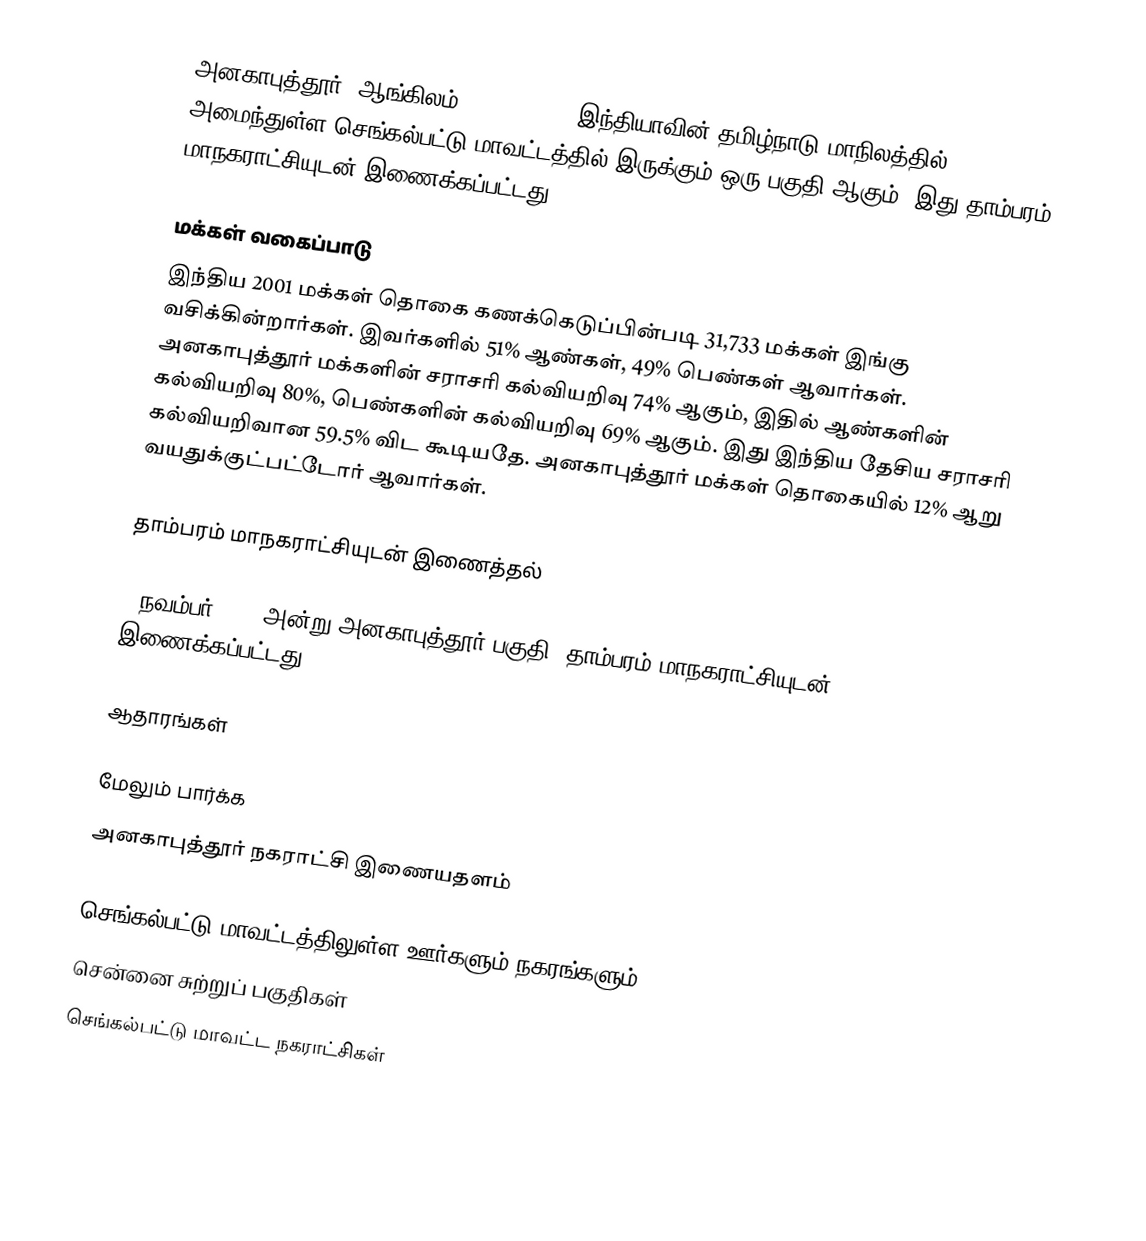
அனகாபுத்தூர் (ஆங்கிலம்:Anakaputhur) இந்தியாவின் தமிழ்நாடு மாநிலத்தில் அமைந்துள்ள செங்கல்பட்டு மாவட்டத்தில் இருக்கும் ஒரு பகுதி ஆகும். இது தாம்பரம் மாநகராட்சியுடன் இணைக்கப்பட்டது.

மக்கள் வகைப்பாடு
இந்திய 2001 மக்கள் தொகை கணக்கெடுப்பின்படி 31,733 மக்கள் இங்கு வசிக்கின்றார்கள். இவர்களில் 51% ஆண்கள், 49% பெண்கள் ஆவார்கள். அனகாபுத்தூர் மக்களின் சராசரி கல்வியறிவு 74% ஆகும்,  இதில் ஆண்களின் கல்வியறிவு 80%,  பெண்களின் கல்வியறிவு 69% ஆகும். இது இந்திய தேசிய சராசரி கல்வியறிவான 59.5% விட கூடியதே. அனகாபுத்தூர் மக்கள் தொகையில் 12%  ஆறு வயதுக்குட்பட்டோர் ஆவார்கள்.

தாம்பரம் மாநகராட்சியுடன் இணைத்தல்

3 நவம்பர் 2021 அன்று அனகாபுத்தூர் பகுதி,   தாம்பரம் மாநகராட்சியுடன் இணைக்கப்பட்டது.

ஆதாரங்கள்

மேலும் பார்க்க
 அனகாபுத்தூர் நகராட்சி இணையதளம்

செங்கல்பட்டு மாவட்டத்திலுள்ள ஊர்களும் நகரங்களும்
சென்னை சுற்றுப் பகுதிகள்
செங்கல்பட்டு மாவட்ட நகராட்சிகள்